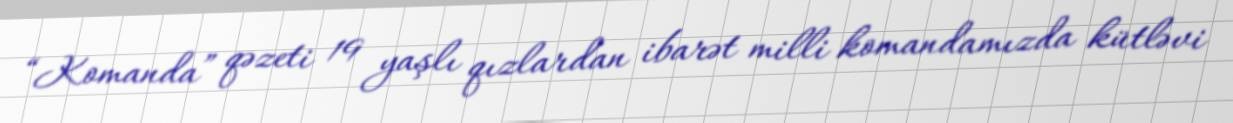
“Komanda” qəzeti 19 yaşlı qızlardan ibarət milli komandamızda kütləvi